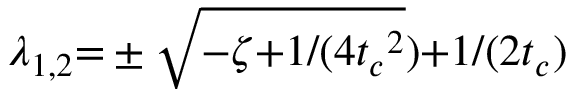
\lambda _ { 1 , 2 } { = } \pm \sqrt { { - } \zeta { + } { 1 } / ( { 4 { t _ { c } } ^ { 2 } } } ) { + } { 1 } / ( { 2 { t _ { c } } } )